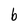
Character: b